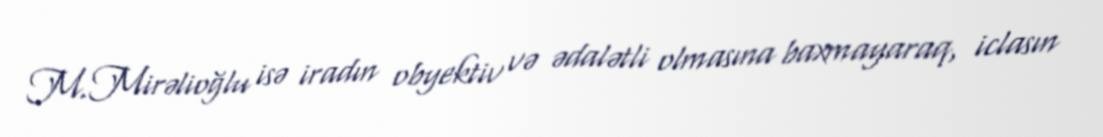
M.Mirəlioğlu isə iradın obyektiv və ədalətli olmasına baxmayaraq, iclasın